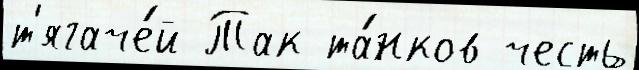
т'ягаче́й Так та́нков честь